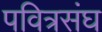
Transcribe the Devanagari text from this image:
पवित्रसंघ